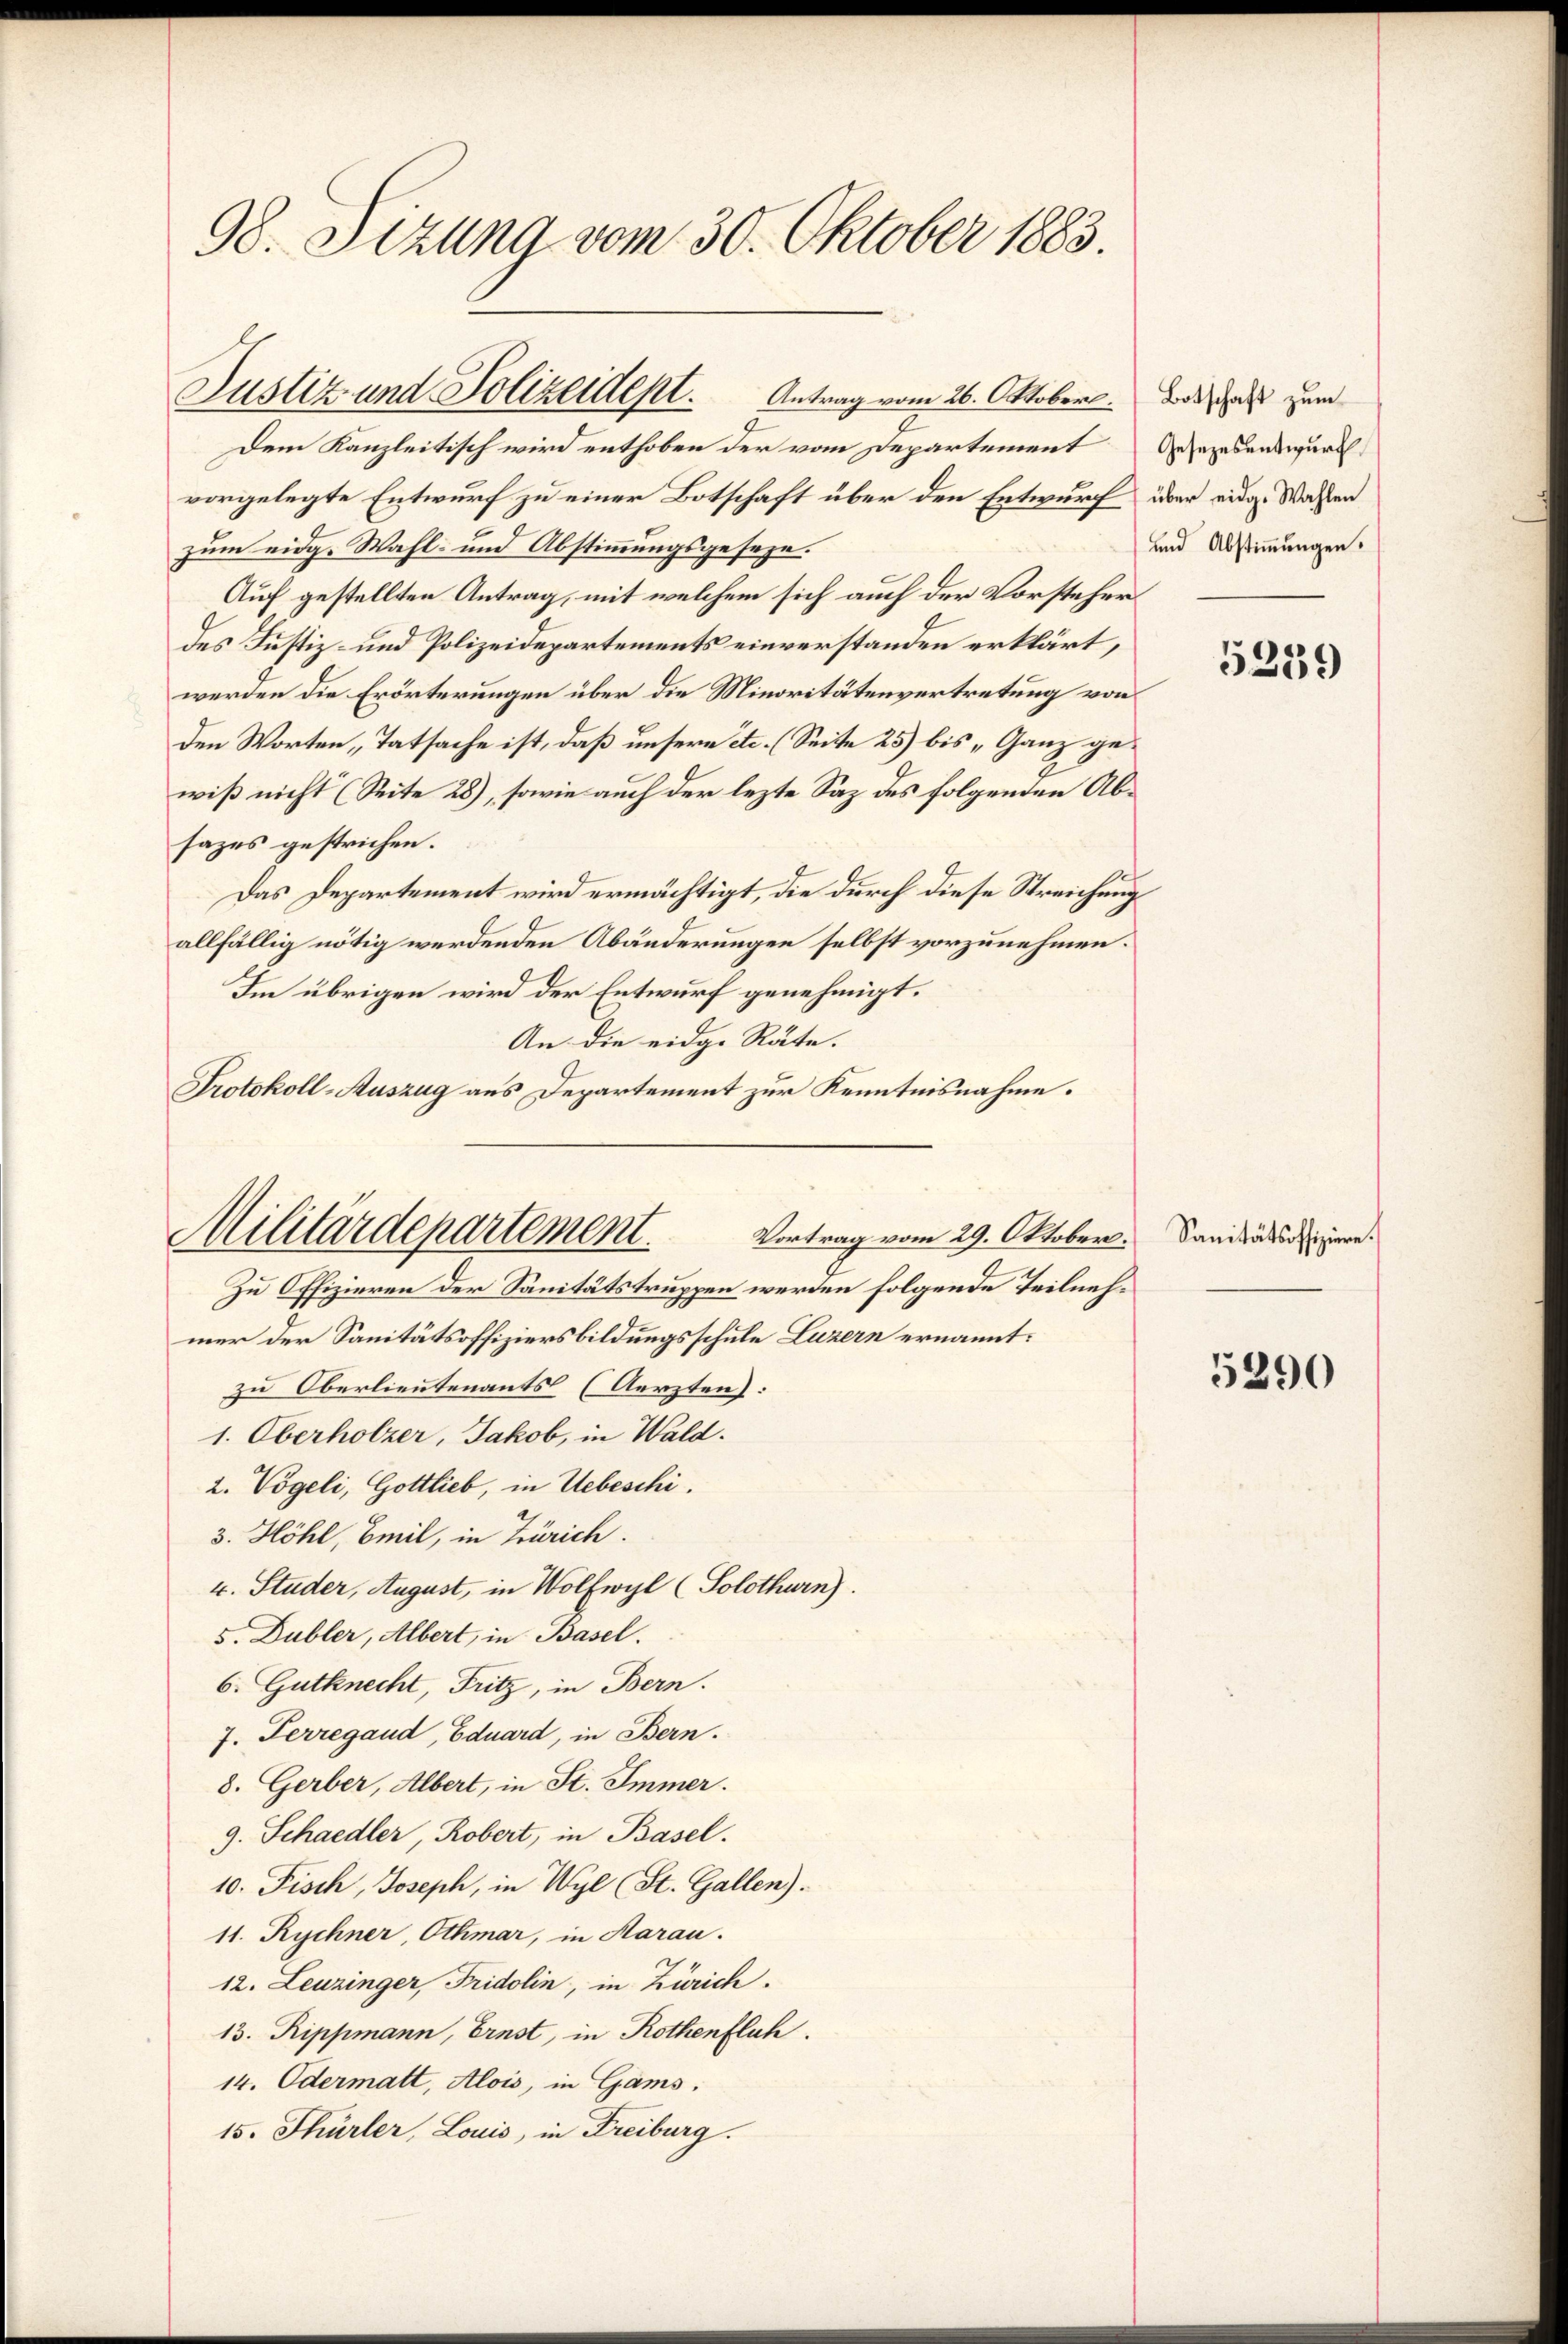
98. Sizung vom 30. Oktober 1883.

vorgelegte Entwurf zu einer Botschaft über den Entwurf
zum eidg. Wahl- und Abstimmungsgeseze.
Auf gestellten Antrag, mit welchem sich auch der Vorsteher
des Justiz- und Polizeidepartements einverstanden erklärt,
werden die Erörterungen über die Minoritätenvertretung von
den Worten „Tatsache ist, daß unsern etc. (Seite 25) bis „Ganz gewiß nicht (Seite 28), sowie auch der lezte Saz des folgenden Absazes gestrichen.
Das Departement wird ermächtigt, die durch diese Streichung
allfällig nötig werdenden Abänderungen selbst vorzunehmen.
Im übrigen wird der Entwurf genehmigt.
An die eidg. Räte.
Protokoll-Auszug aus Departement zur Kenntnisnahme.
Zu Offizieren der Sanitätstruppen werden folgende Teilnehmer der Sanitätsoffiziersbildungsschule Luzern ernannt:
zu Oberlieutenants (Aerzten):
1. Oberholzer, Jakob, in Wald.
2. Vögeli, Gottlieb, in Uebeschi.
3. Höhl, Emil, in Zürich.
v. Studer, August, in Wolfwyl (Solothurn).
5. Dubler, Albert, in Basel.
6. Gutknecht, Fritz, in Bern.
7. Ferregaud, Eduard, in Bern.
8. Gerber, Albert, in St. Immer.
9. Schaedler, Robert, in Basel.
10. Fisch, Joseph, in Wyl (St. Gallen).
11. Rychner, Ottimar, in Aarau
12. Leuzinger, Fridolin, in Zürich.
13. Rippmann, Ernst, in Rothenflich.
14. Odermatt, Alois, in Gams.
15. Thürler, Louis, in Freiburg.

Justiz und Polizeidept. Antrag vom 26. Oktober.
Dem Kanzleitisch wird enthoben der vom Departement

Militärdepartement.
Vortrag vom 29. Oktober.

Botschaft zum
Gesezesentwurf
über eidg. Wahlen
und Abstimmungen.
7

5259

Sanitätsoffiziere.

5290